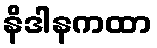
နိဒါနကထာ